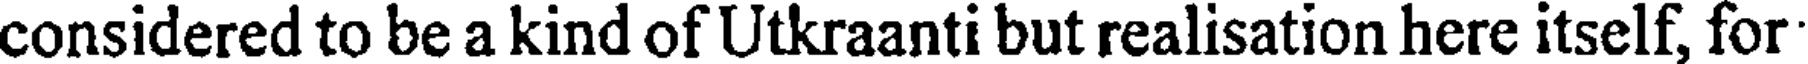
considered to be a kind of Utkraanti but realisation here itself, for